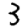
Digit: 3